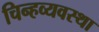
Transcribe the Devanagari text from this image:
चिन्हव्यवस्था